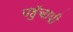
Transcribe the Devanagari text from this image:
पहुॅचायी